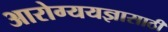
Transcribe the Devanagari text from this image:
आरोग्ययज्ञासाठी